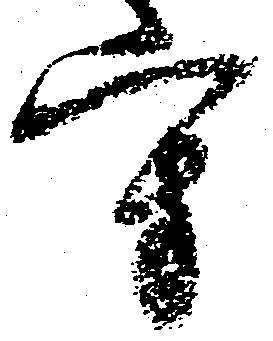
守